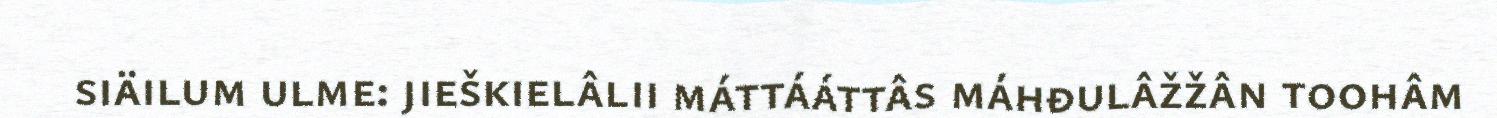
siäilum ulme: jieškielâlii máttááttâs máhđulâžžân toohâm